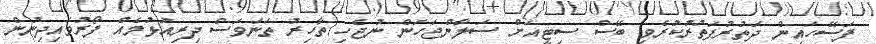
ފަސޭހައިން ދަތުރުފަތުރުކުރެވި ބޭސް ސިޓީއަށް ސަލާންޖަހަން ނުޖެހި ތާހިރު ތަނަވަސް ދިރިއުޅުމެއް ފޯރުވައިދިނުން